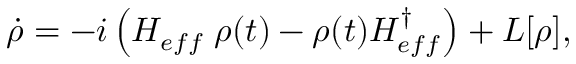
\dot { \rho } = - i \left( H _ { e f f } \; \rho ( t ) - \rho ( t ) H _ { e f f } ^ { \dagger } \right) + L [ \rho ] ,